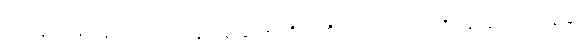
မဟာနာမ၊ မဟနာမ်သည်သာလျှင်ဖြစ်သော။ စိတ္တံ၊ စိတ်သည်။ ဟောတိ၊ ဖြစ်၏။ မဟာနာမ၊